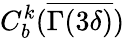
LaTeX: C_{b}^{k}(\overline{{\Gamma(3\delta)}})